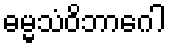
ဓမ္မသံဝိဘာဂေါ